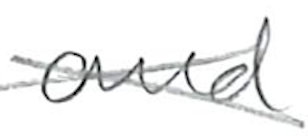
Text: and
Cross-out: cross
Writing tool: pencil